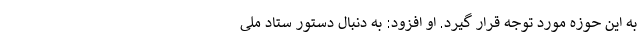
به این حوزه مورد توجه قرار گیرد. او افزود: به دنبال دستور ستاد ملی